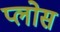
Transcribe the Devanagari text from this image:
प्लोस